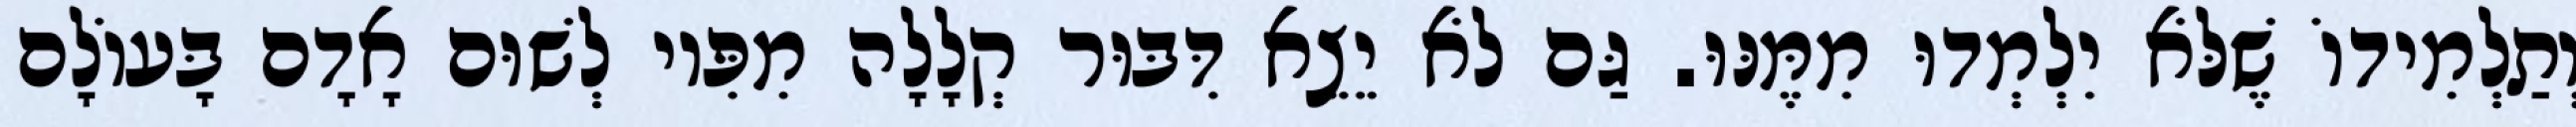
וְתַלְמִידוֹ שֶׁלֹּא יִלְמְדוּ מִמֶּנּוּ. גַּם לֹא יֵצֵא דִּבּוּר קְלָלָה מִפִּיו לְשׁוּם אָדָם בָּעוֹלָם